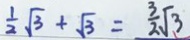
\frac { 1 } { 2 } \sqrt { 3 } + \sqrt { 3 } = \frac { 3 } { 2 } \sqrt { 3 }